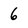
Character: 6